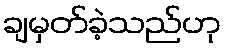
ချမှတ်ခဲ့သည်ဟု